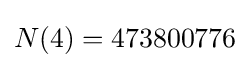
N(4)=473800776